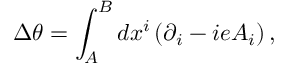
\Delta \theta = \int _ { A } ^ { B } d x ^ { i } \left( \partial _ { i } - i e A _ { i } \right) ,